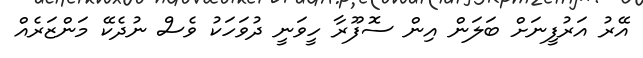
އޭރު އަރުފީނަށް ބަލަން އިން ސޮފޫރާ ހީވަނީ ދުވަހަކު ވެސް ނުދެކޭ މަންޒަރެއް